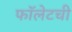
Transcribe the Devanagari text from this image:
फॉलेटची